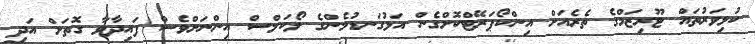
ކުޅިވަރުތައް ޓޫރިޒަމްގެ ތެރެއަށް އިންކޯޕަރޭޓްކޮށްގެން އަޅުގަނޑުމެންގެ ލޯކަލްސް އިންނަށްވެސް ފައިދާވާ ގޮތަށް އަދި